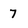
Character: 7